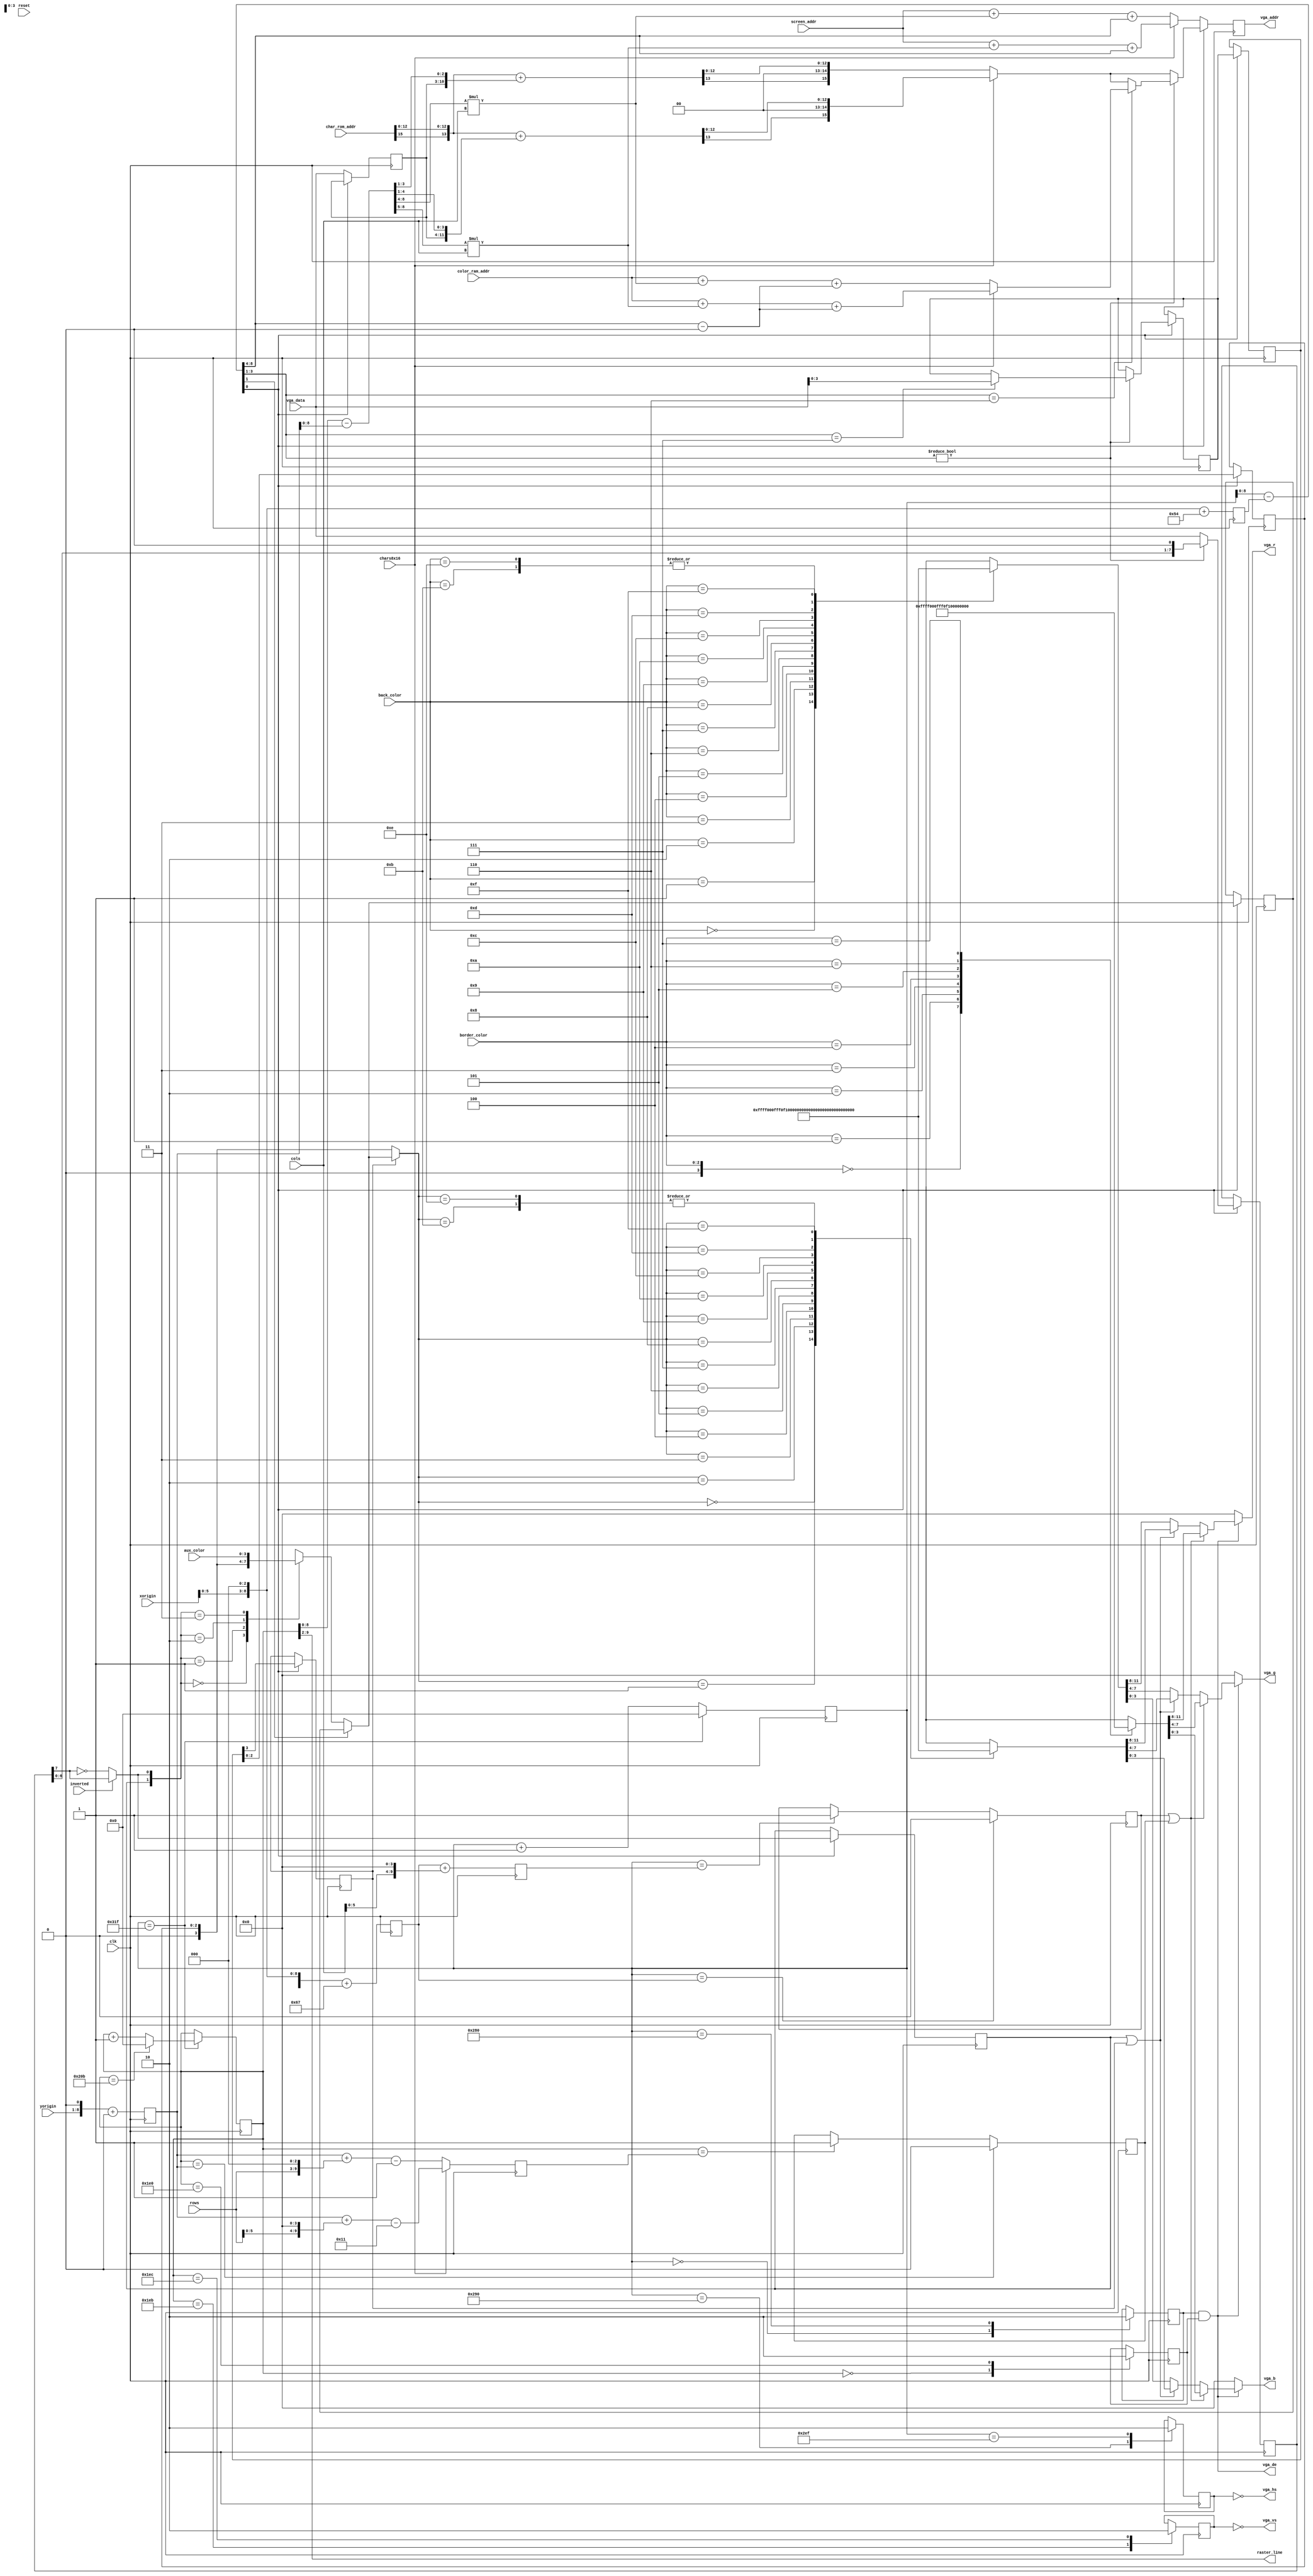
`default_nettype none
module video (
  input         clk,
  input         reset,
  output [3:0]  vga_r,
  output [3:0]  vga_b,
  output [3:0]  vga_g,
  output        vga_hs,
  output        vga_vs,
  output        vga_de,
  input  [7:0]  vga_data,
  output reg [15:0] vga_addr,
  output [7:0]  raster_line,
  input [15:0]  screen_addr,
  input [15:0]  char_rom_addr,
  input [15:0]  color_ram_addr,
  input [2:0]   border_color,
  input [3:0]   back_color,
  input         inverted,
  input         chars8x16,
  input [3:0]   aux_color,
  input [6:0]   xorigin,
  input [7:0]   yorigin,
  input [6:0]   rows,
  input [6:0]   cols
);

  parameter HA = 640;
  parameter HS  = 96;
  parameter HFP = 16;
  parameter HBP = 48;
  parameter HT  = HA + HS + HFP + HBP;
  parameter HDELAY = 3;     // NOTE pixel fine H-adjust
  parameter HBattr = 0;     // NOTE attr coarse H-adjust
  parameter HBadj  = 100+3; // NOTE border H-adjust
  parameter HB2adj = 100-16;

  parameter VA = 480;
  parameter VS  = 2;
  parameter VFP = 11;
  parameter VBP = 31;
  parameter VT  = VA + VS + VFP + VBP;
  parameter VBadj = 0;    // NOTE border V-adjust

  wire [11:0] color_to_rgb [0:15];
  assign color_to_rgb[0]  = 12'b000000000000;
  assign color_to_rgb[1]  = 12'b111111111111;
  assign color_to_rgb[2]  = 12'b111100000000;
  assign color_to_rgb[3]  = 12'b000011111111;
  assign color_to_rgb[4]  = 12'b111100001111;
  assign color_to_rgb[5]  = 12'b000011110000;
  assign color_to_rgb[6]  = 12'b000000001111;
  assign color_to_rgb[7]  = 12'b111111110000;
  assign color_to_rgb[8]  = 12'b111101110000;
  assign color_to_rgb[9]  = 12'b111100110000;
  assign color_to_rgb[10] = 12'b111101110111;
  assign color_to_rgb[11] = 12'b011111111111;
  assign color_to_rgb[12] = 12'b111101111111;
  assign color_to_rgb[13] = 12'b011111110111;
  assign color_to_rgb[14] = 12'b011111111111;
  assign color_to_rgb[15] = 12'b111111110111;

  reg [9:0] hc;
  reg [9:0] vc;

  reg R_vga_hs, R_vga_vs, R_vga_hde, R_vga_vde;
  always @(posedge clk) begin
    if (hc == HT - 1) begin
      hc <= 0;
      if (vc == VT - 1) vc <= 0;
      else vc <= vc + 1;
    end else hc <= hc + 1;
    case(hc)
      0           : R_vga_hde <= 1;
      HA          : R_vga_hde <= 0;
      HA+HFP      : R_vga_hs  <= 1;
      HA+HFP+HS-1 : R_vga_hs  <= 0;
    endcase
    case(vc)
      0           : R_vga_vde <= 1;
      VA          : R_vga_vde <= 0;
      VA+VFP      : R_vga_vs  <= 1;
      VA+VFP+VS-1 : R_vga_vs  <= 0;
    endcase
  end

  assign vga_hs = !R_vga_hs;
  assign vga_vs = !R_vga_vs;
  assign vga_de = R_vga_hde && R_vga_vde;

  reg [9:0] hBorder_left, hBorder_right, hBorder_left2;
  reg [9:0] vBorder_top,  vBorder_bottom;
  reg R_hBorder, R_vBorder;
  always @(posedge clk)
  begin
    hBorder_left     <= {xorigin,3'b0}+HBadj;
    hBorder_left2    <= {xorigin,3'b0}+HB2adj;
    hBorder_right    <= hBorder_left + {cols,4'b0};
    vBorder_top      <= {yorigin,1'b0}+VBadj;
    if(chars8x16)
      vBorder_bottom <= vBorder_top + {rows,4'd0} - 17;
    else
      vBorder_bottom <= vBorder_top + {rows,3'b0} - 1;
    if(hc == hBorder_left)
      R_hBorder <= 0;
    else
      if(hc == hBorder_right)
        R_hBorder <= 1;
    if(vc == vBorder_top)
      R_vBorder <= 0;
    else
      if(vc == vBorder_bottom)
        R_vBorder <= 1;
  end
  wire border = R_hBorder || R_vBorder;

  assign raster_line = vc[9:2];

  // Pixel co-ordinates
  wire [9:0] x = hc - hBorder_left2;
  wire [9:0] y = vc - vBorder_top;

  wire [15:0] char8x8_addr  = screen_addr + (y[8:4] * cols) + x[8:4];
  wire [15:0] char8x16_addr = screen_addr + (y[8:5] * cols) + x[8:4];
  reg   [7:0] current_char;

  wire  [7:3] xattr_early   = x[8:4] - HBattr;
  wire [15:0] attr8x8_addr  = color_ram_addr + (y[8:4] * cols) + xattr_early[7:3];
  wire [15:0] attr8x16_addr = color_ram_addr + (y[8:5] * cols) + xattr_early[7:3];
  reg   [2:0] fore_color;
  
  wire [13:0] cha8x8  = {char_rom_addr[15],char_rom_addr[12:0]} + {3'b0,current_char,y[3:1]};
  wire [13:0] cha8x16 = {char_rom_addr[15],char_rom_addr[12:0]} + {2'b0,current_char,y[4:1]};
  wire [15:0] char8x8_row_addr  = { cha8x8[13],2'b0, cha8x8[12:0]};
  wire [15:0] char8x16_row_addr = {cha8x16[13],2'b0,cha8x16[12:0]};

  reg   [7:0] R_pixel_data;
  wire pixel = inverted ? R_pixel_data[7] : ~R_pixel_data[7];

  reg R_pixel;
  reg [3:0] R_attr;
  reg [3:0] R_attr_delay;
  reg       multi_color;

  always @(posedge clk) begin
    if (x[0]) begin
      R_attr_delay <= R_attr;
      fore_color <= R_attr_delay[2:0];
      multi_color <= R_attr_delay[3];
      
      if (chars8x16)
        vga_addr <= char8x16_row_addr;
      else
        vga_addr <= char8x8_row_addr;
      
      if (x[3:1]) begin
        R_pixel_data <= {R_pixel_data[6:0],1'b0};
        if (x[3:1] == 6)
        begin
          if(chars8x16)
            vga_addr <= attr8x16_addr;
          else
            vga_addr <= attr8x8_addr;
        end
        if (x[3:1] == 7)
          R_attr <= vga_data[3:0];
      end else begin
        R_pixel_data <= vga_data;
      end
      
      R_pixel <= pixel;
    end else begin
      if (chars8x16)
        vga_addr <= char8x16_addr;
      else
        vga_addr <= char8x8_addr;
      current_char <= vga_data;
    end
  end

  wire [3:0] border_r = color_to_rgb[border_color][11:8];
  wire [3:0] border_g = color_to_rgb[border_color][7:4];
  wire [3:0] border_b = color_to_rgb[border_color][3:0];

  wire [4:0] back_r = color_to_rgb[back_color][11:8];
  wire [4:0] back_g = color_to_rgb[back_color][7:4];
  wire [4:0] back_b = color_to_rgb[back_color][3:0];

  reg [3:0] color_2bit;
  reg [3:0] R_color_2bit;

  always @(posedge clk) begin
    if (x[0]) R_color_2bit <= color_2bit;
  end

  always @(*) begin
    if (!x[1]) begin
      case ({R_pixel, pixel})
        2'b00: color_2bit = back_color;
	2'b01: color_2bit = {1'b0, border_color};
	2'b10: color_2bit = {1'b0, fore_color};
	2'b11: color_2bit = aux_color;
      endcase
    end else begin
      color_2bit = R_color_2bit;
    end
  end

  wire [3:0] char_color = multi_color ? color_2bit : fore_color;

  wire [4:0] fore_r = color_to_rgb[char_color][11:8];
  wire [3:0] fore_g = color_to_rgb[char_color][7:4];
  wire [3:0] fore_b = color_to_rgb[char_color][3:0];

  wire [3:0] red = border ? border_r : (R_pixel || multi_color ? fore_r : back_r);
  wire [3:0] green = border ? border_g : (R_pixel || multi_color ? fore_g : back_g);
  wire [3:0] blue = border ? border_b : (R_pixel || multi_color ? fore_b : back_b);

  assign vga_r = !vga_de ? 4'b0 : red;
  assign vga_g = !vga_de ? 4'b0 : green;
  assign vga_b = !vga_de ? 4'b0 : blue;

endmodule